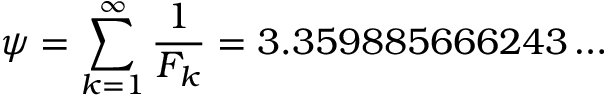
\psi = \sum _ { k = 1 } ^ { \infty } { \frac { 1 } { F _ { k } } } = 3 . 3 5 9 8 8 5 6 6 6 2 4 3 \dots